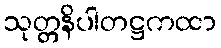
သုတ္တနိပါတဋ္ဌကထာ